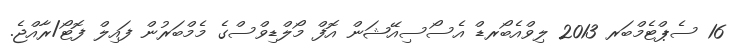
16 ސެޕްޓެމްބަރ 2013 ލިވްއެބޯރޑް އެސޯސިއޭޝަން އޮފް މޯލްޑިވްސްގެ މެމްބަރުން ފައިލް ފޮޓޯ/ރާއްޖެ.